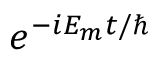
e ^ { - i E _ { m } t / \hslash }